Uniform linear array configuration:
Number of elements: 8
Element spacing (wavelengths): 0.25
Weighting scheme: exponential
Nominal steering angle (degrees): -15
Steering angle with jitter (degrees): -16.785
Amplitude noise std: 0.05
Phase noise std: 0.05

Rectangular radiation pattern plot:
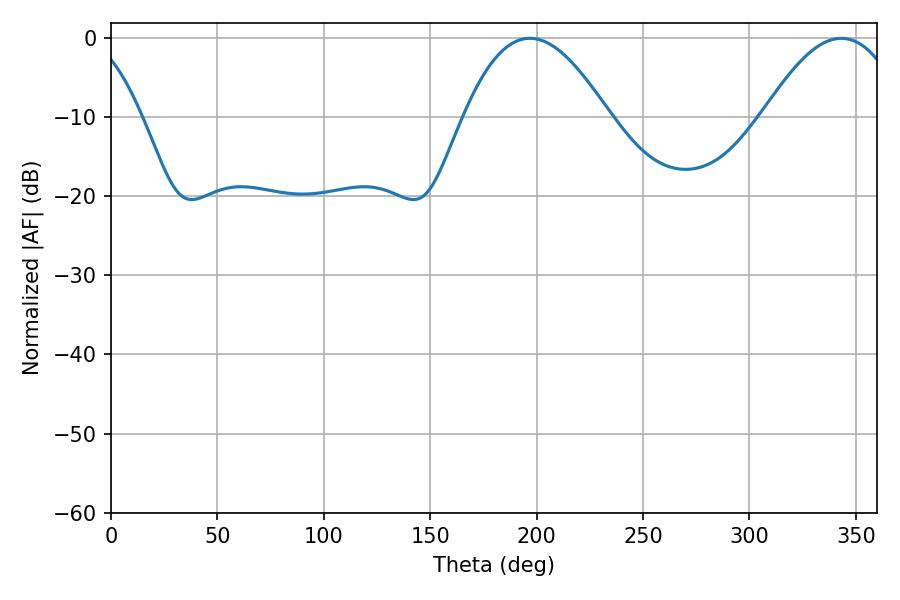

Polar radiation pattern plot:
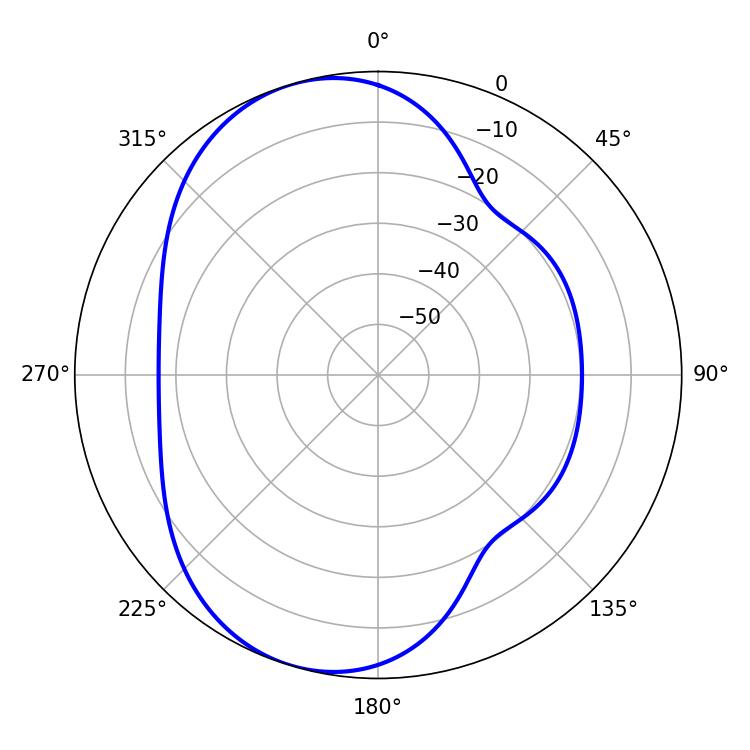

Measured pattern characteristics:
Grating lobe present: FALSE
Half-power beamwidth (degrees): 37.08
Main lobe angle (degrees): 196.74